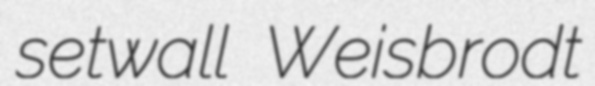
setwall Weisbrodt